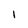
Character: 1